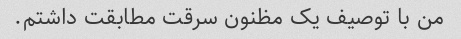
من با توصیف یک مظنون سرقت مطابقت داشتم.